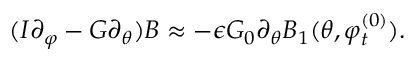
( I \partial _ { \varphi } - G \partial _ { \theta } ) B \approx - \epsilon G _ { 0 } \partial _ { \theta } B _ { 1 } ( \theta , \varphi _ { t } ^ { ( 0 ) } ) .